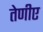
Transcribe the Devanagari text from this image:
तेणीए